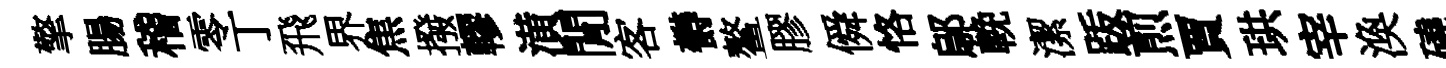
擎腸稽零丁飛界焦撥轇潢閒客欎鳌膠僢恪鄔輓潔䟦煎賈珙宰渙磽